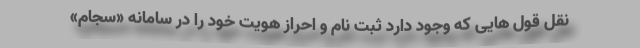
نقل قول هایی که وجود دارد ثبت نام و احراز هویت خود را در سامانه «سجام»